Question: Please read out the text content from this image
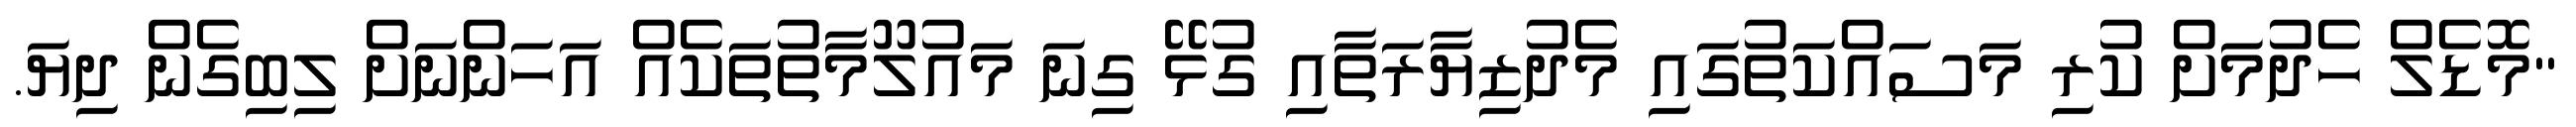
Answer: "މޮޑެލް ހެދުމަށް ކުރި މަސައްކަތުގައި މެދުޒިޔާރަތާއި ގުޅޭ ގިނަ މައުލޫމާތުތަކެއް އަހަންނަށް ލިބިގެން ދިޔަ.